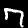
Label: 7